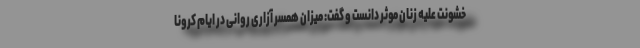
خشونت علیه زنان موثر دانست و گفت: میزان همسر آزاری روانی در ایام کرونا